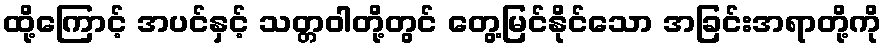
ထို့ကြောင့် အပင်နှင့် သတ္တဝါတို့တွင် တွေ့မြင်နိုင်သော အခြင်းအရာတို့ကို